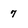
Character: 7